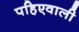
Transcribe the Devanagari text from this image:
पहिएवाली